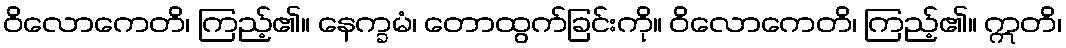
ဝိလောကေတိ၊ ကြည့်၏။ နေက္ခမံ၊ တောထွက်ခြင်းကို။ ဝိလောကေတိ၊ ကြည့်၏။ ဣတိ၊